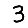
Digit: 3